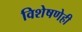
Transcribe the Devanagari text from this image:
विशेषणेही